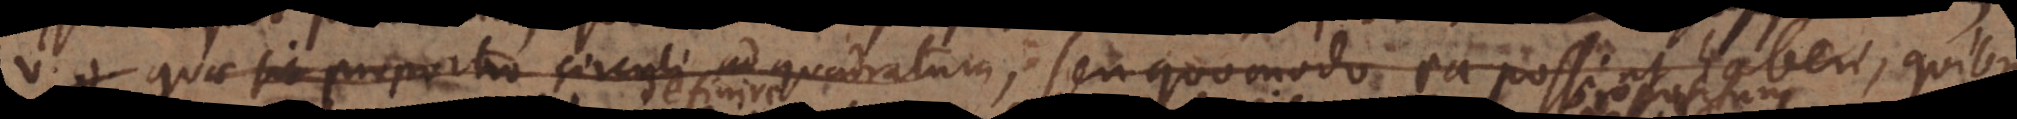
v.g. quae sit proportio circuli ad quadratum, seu quomodo ea possint haberi, quibus